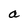
Character: a